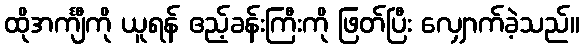
ထိုအင်္ကျီကို ယူရန် ဧည့်ခန်းကြီးကို ဖြတ်ပြီး လျှောက်ခဲ့သည်။